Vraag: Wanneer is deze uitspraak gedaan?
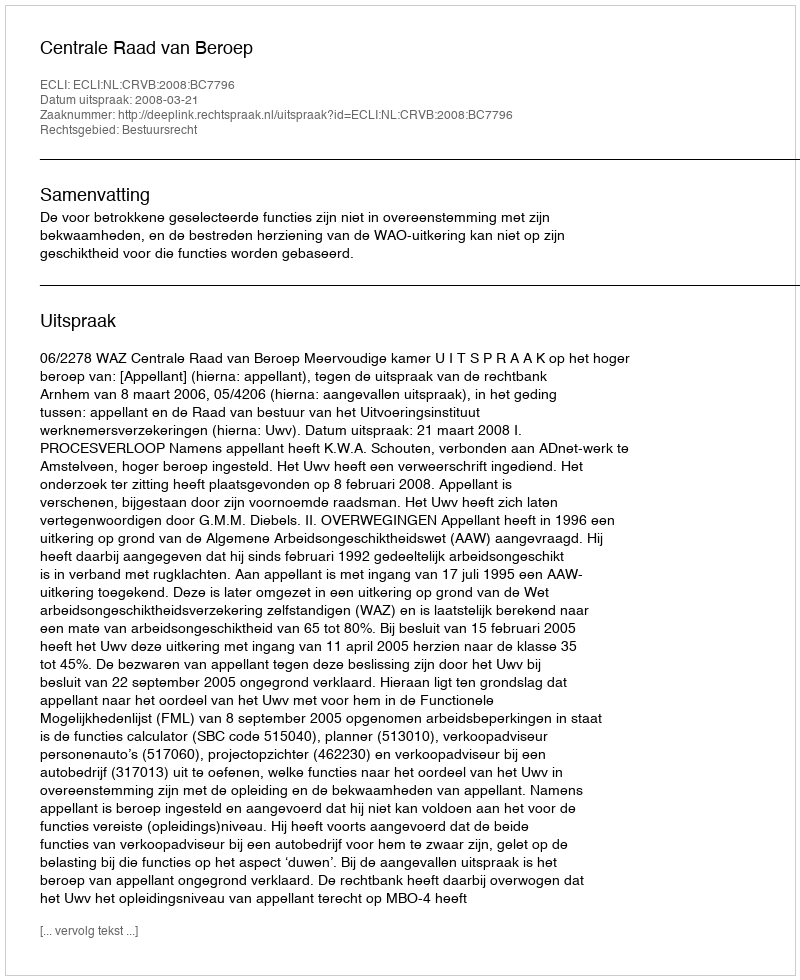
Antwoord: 2008-03-21